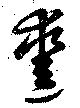
鑿